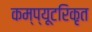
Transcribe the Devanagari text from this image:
कम्प्यूटरिकृत